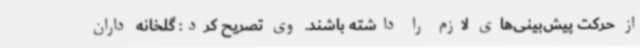
از حرکت پیش‌بینی‌های لازم را داشته باشند. وی تصریح کرد: گلخانه داران